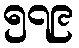
၅၇၉